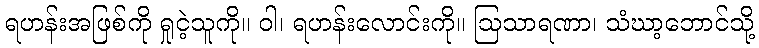
ရဟန်းအဖြစ်ကို ရှုငဲ့သူကို။ ဝါ၊ ရဟန်းလောင်းကို။ ဩသာရဏာ၊ သံဃာ့ဘောင်သို့